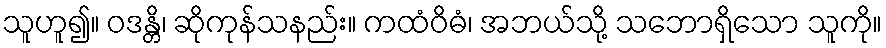
သူဟူ၍။ ဝဒန္တိ၊ ဆိုကုန်သနည်း။ ကထံဝိဓံ၊ အဘယ်သို့ သဘောရှိသော သူကို။